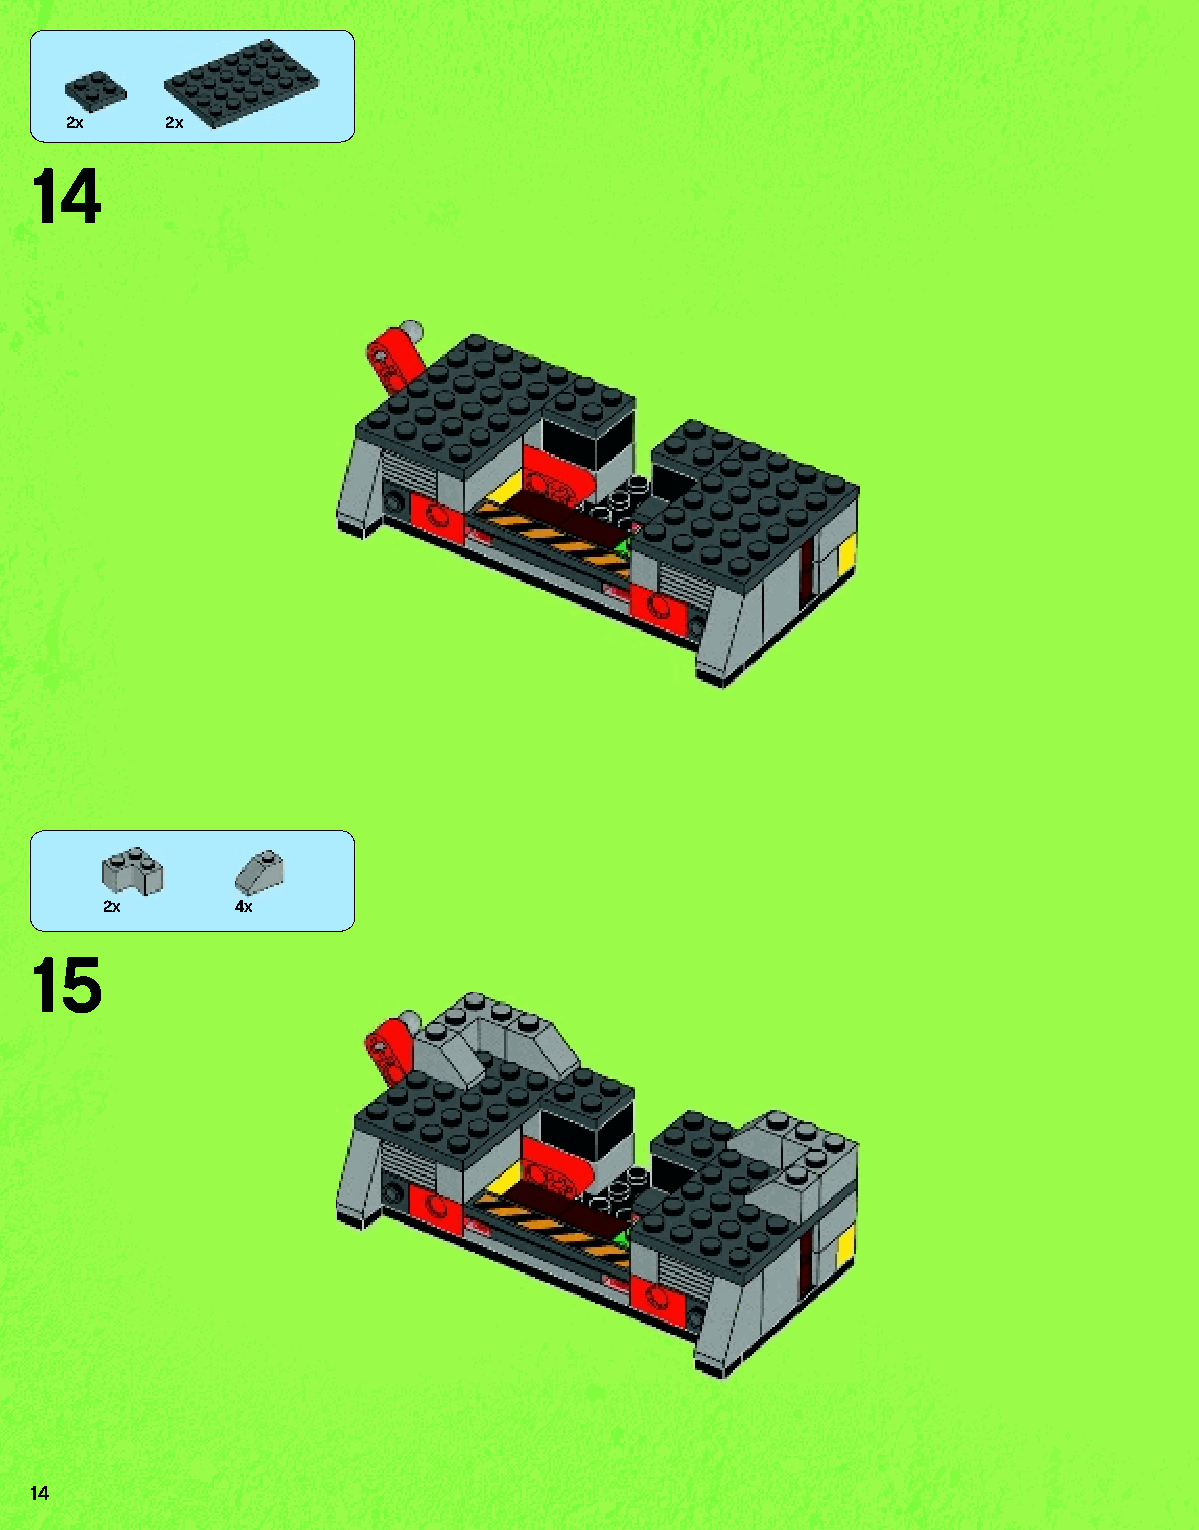
2x    2x
 14
 2x       4x
 15
 14
 79117_Book1.indd 14                                               01/11/2013 4:32 PM